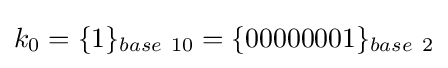
k_{0}=\{1\}_{base\ 10}=\{00000001\}_{base\ 2}